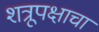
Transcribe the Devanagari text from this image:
शत्रूपक्षाचा